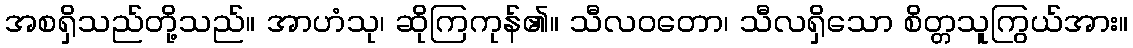
အစရှိသည်တို့သည်။ အာဟံသု၊ ဆိုကြကုန်၏။ သီလဝတော၊ သီလရှိသော စိတ္တသူကြွယ်အား။